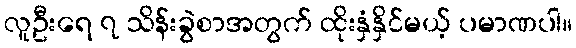
လူဦးရေ ၇ သိန်းခွဲစာအတွက် ထိုးနှံနှိင်မယ့် ပမာဏပါ။